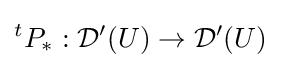
{}^{t}P_{*}:{\mathcal {D}}'(U)\to {\mathcal {D}}'(U)